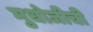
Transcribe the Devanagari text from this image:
मुधोजीची